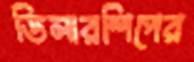
ডিলারশিপের